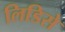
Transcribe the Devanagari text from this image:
लिडिसे